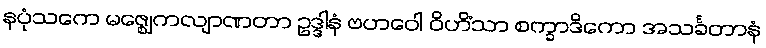
နပုံသကေ မဇ္ဈေကလျာဏတာ ဥဒ္ဒါနံ ဗဟဝေါ ဝိဟိံသာ စက္ခာဒိကော အသင်္ခတာနံ